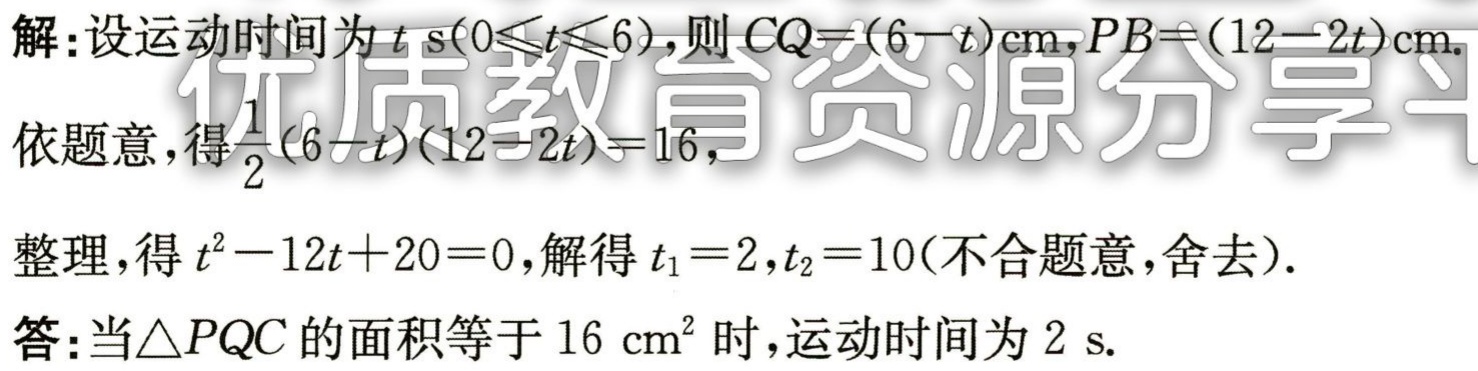
解：设运动时间为\(t\ s(0\leqslant t\leqslant 6)\)，则\(CQ = (6 - t)\text{cm}\)，\(PB=(12 - 2t)\text{cm}\).
依题意，得\(\frac{1}{2}(6 - t)(12 - 2t)=16\)，
整理，得\(t^{2}-12t + 20 = 0\)，解得\(t_{1}=2\)，\(t_{2}=10\)（不合题意，舍去）.
答：当\(\triangle PQC\)的面积等于\(16\ \text{cm}^{2}\)时，运动时间为\(2\ s\).